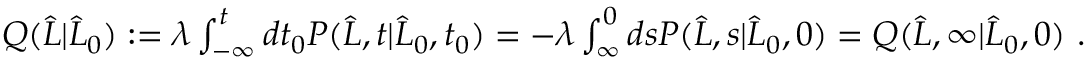
\begin{array} { r } { Q ( \widehat { L } | \widehat { L } _ { 0 } ) : = \lambda \int _ { - \infty } ^ { t } d t _ { 0 } P ( \widehat { L } , t | \widehat { L } _ { 0 } , t _ { 0 } ) = - \lambda \int _ { \infty } ^ { 0 } d s P ( \widehat { L } , s | \widehat { L } _ { 0 } , 0 ) = Q ( \widehat { L } , \infty | \widehat { L } _ { 0 } , 0 ) \ . } \end{array}